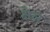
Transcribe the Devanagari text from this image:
क्षेल